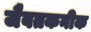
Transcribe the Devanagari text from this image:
जैवतकनीक